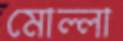
মোল্লা